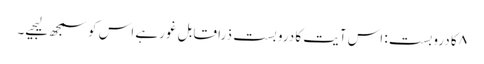
۸ کا دروبست: اس آیت کا درو بست ذرا قابل غور ہے اس کو سمجھ لیجیے۔